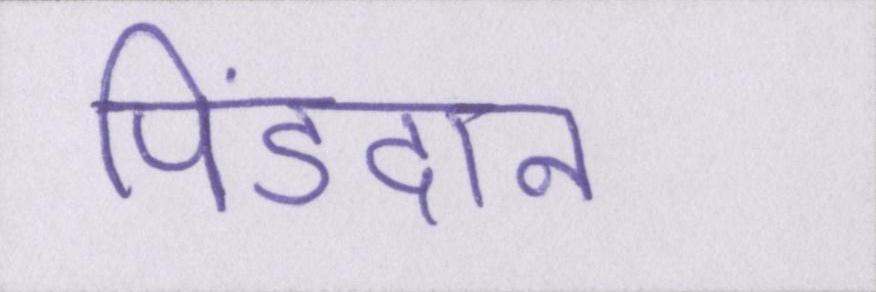
पिंडदान